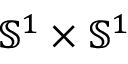
{ \mathbb S } ^ { 1 } \times { \mathbb S } ^ { 1 }